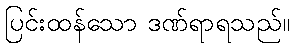
ပြင်းထန်သော ဒဏ်ရာရသည်။